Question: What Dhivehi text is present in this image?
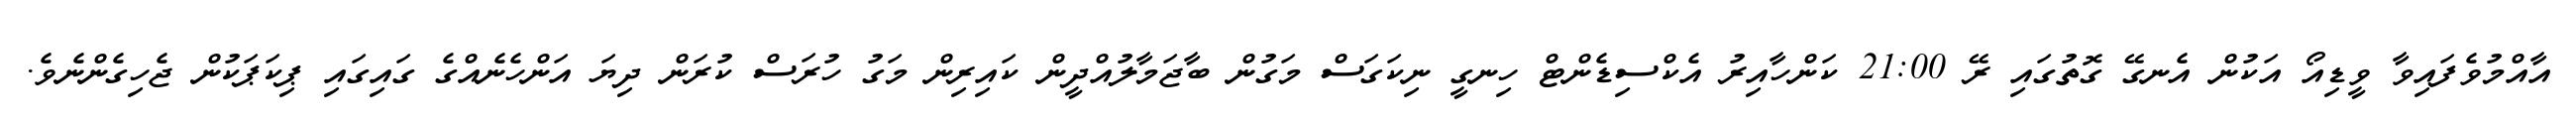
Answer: އާއްމުވެފައިވާ ވީޑިއޯ އަކުން އެނގޭ ގޮތުގައި ރޭ 21:00 ކަންހާއިރު އެކްސިޑެންޓް ހިނގީ ނިކަގަސް މަގުން ބާޖަމާލުއްދީން ކައިރިން މަގު ހުރަސް ކުރަން ދިޔަ އަންހެނެއްގެ ގައިގައި ޕިކަޕަކުން ޖެހިގެންނެވެ.